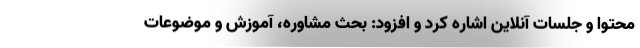
محتوا و جلسات آنلاین اشاره کرد و افزود: بحث مشاوره، آموزش و موضوعات